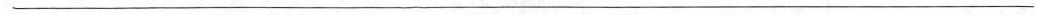
___